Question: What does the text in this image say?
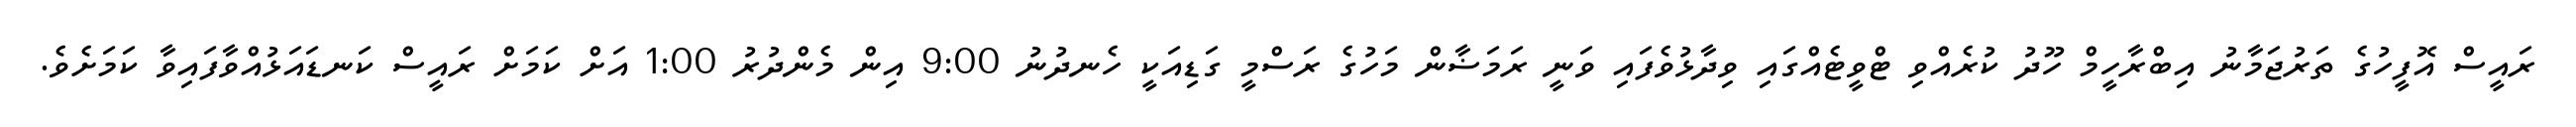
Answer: ރައީސް އޮފީހުގެ ތަރުޖަމާނު އިބްރާހީމް ހޫދު ކުރެއްވި ޓްވީޓެއްގައި ވިދާޅުވެފައި ވަނީ ރަމަޟާން މަހުގެ ރަސްމީ ގަޑިއަކީ ހެނދުނު 9:00 އިން މެންދުރު 1:00 އަށް ކަމަށް ރައީސް ކަނޑައަޅުއްވާފައިވާ ކަމަށެވެ.